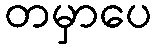
တမှာပေ